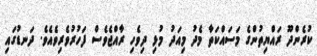
ކުރެންދޫ ރައްޔިތުންގެ މަސައްކަތާ މެދު މިއަދު މުޅި ދިވެހި ރާއްޖެވެސް ފަހުރުވެރިވެއެވެ. ދަނޑުގައި